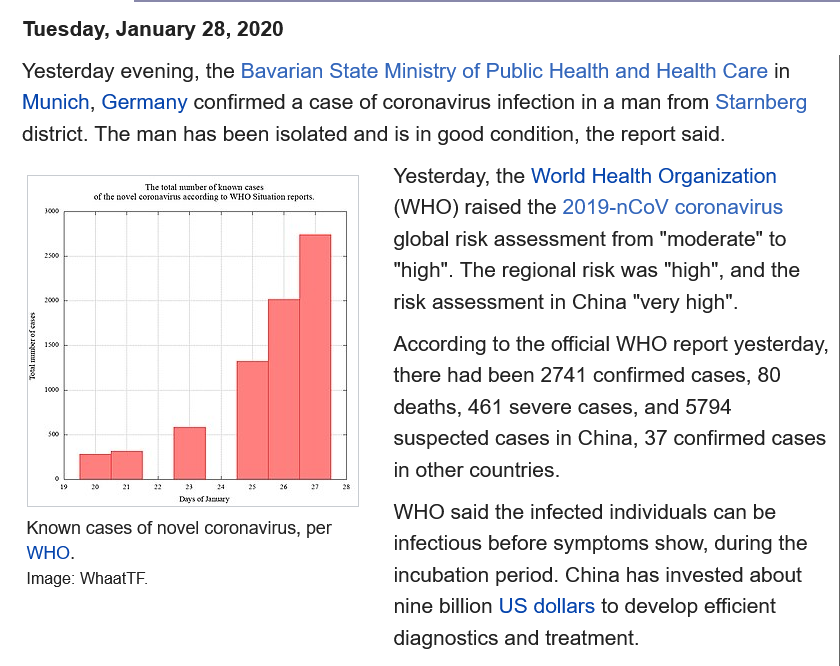
Tuesday, January 28, 2020
   Yesterday evening, the Bavarian State Ministry of Public Health and Health Care in
   Munich, Germany confirmed a case of coronavirus infection in a man from Starnberg
   district. The man has been isolated and is in good condition, the report said.
     Yesterday, the World Health Organization
     (WHO) raised the 2019-nCoV coronavirus
     global risk assessment from "moderate" to
     "high". The regional risk was "high", and the
     tisk assessment in China "very high".
     According to the official WHO report yesterday,
     there had been 2741 confirmed cases, 80
     deaths, 461 severe cases, and 5794
     suspected cases in China, 37 confirmed cases
     in other countries.
     WHO said  the infected individuals can be
     infectious before symptoms show, during the
     incubation period. China has invested about
     nine billion US dollars to develop efficient
     diagnostics and treatment.
     fe gol oon secon 0 WHO Sin fpr
   Known cases of novel coronavirus, per
   WHO.
   Image: Whaat TF.